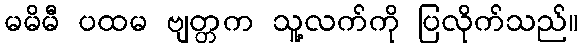
မမိမီ ပထမ ဗျတ္တက သူ့လက်ကို ပြလိုက်သည်။